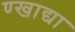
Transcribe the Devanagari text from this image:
ण्खाद्या